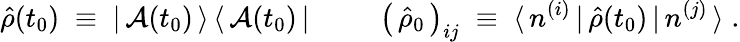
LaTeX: \hat{\rho}(t_{0})\; \equiv\; |\, {\cal A}(t_{0})\, \rangle\, \langle\, {\cal A}(t_{0})\, |\; \; \; \; \; \; \; \; \; \left(\, \hat{\rho}_{0}\, \right)_{ij}\; \equiv\; \langle\, n^{(i)}\, |\, \hat{\rho}(t_{0})\, |\, n^{(j)}\, \rangle\; .